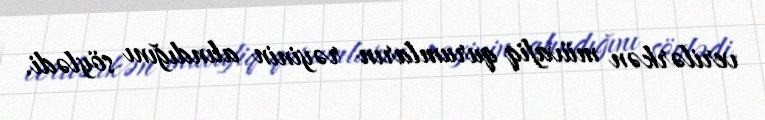
verilərkən müvafiq qurumların rəyinin alındığını söylədi.